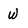
Character: W